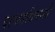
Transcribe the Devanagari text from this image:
परधर्मावलम्बी